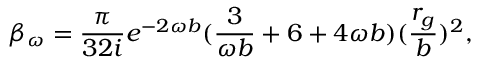
\beta _ { \omega } = \frac { \pi } { 3 2 i } e ^ { - 2 \omega b } ( \frac { 3 } { \omega b } + 6 + 4 \omega b ) ( \frac { r _ { g } } { b } ) ^ { 2 } ,